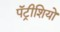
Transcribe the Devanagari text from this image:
पॅट्रीशियो